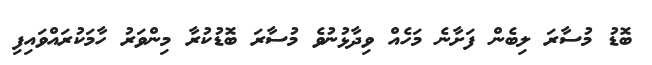
ބޮޑު މުސާރަ ލިބެން ފަށާނެ މަހެއް ވިދާޅުނުވެ މުސާރަ ބޮޑުކުރާ މިންވަރު ހާމަކުރައްވައިފި